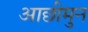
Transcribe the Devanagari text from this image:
आछीमुन